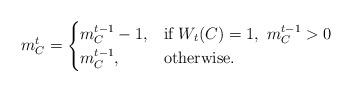
LaTeX: \begin{align*} m^{t}_C=\begin{cases} m^{t-1}_C-1, & \mbox{if } W_{t}(C)=1,\ m^{t-1}_C>0 \\ m^{t-1}_C, & \mbox{otherwise}. \end{cases} \end{align*}